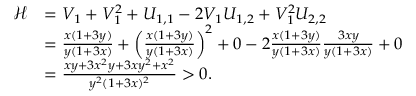
\begin{array} { r l } { \mathscr H } & { = V _ { 1 } + V _ { 1 } ^ { 2 } + U _ { 1 , 1 } - 2 V _ { 1 } U _ { 1 , 2 } + V _ { 1 } ^ { 2 } U _ { 2 , 2 } } \\ & { = \frac { x ( 1 + 3 y ) } { y ( 1 + 3 x ) } + \left( \frac { x ( 1 + 3 y ) } { y ( 1 + 3 x ) } \right) ^ { 2 } + 0 - 2 \frac { x ( 1 + 3 y ) } { y ( 1 + 3 x ) } \frac { 3 x y } { y ( 1 + 3 x ) } + 0 } \\ & { = \frac { x y + 3 x ^ { 2 } y + 3 x y ^ { 2 } + x ^ { 2 } } { y ^ { 2 } ( 1 + 3 x ) ^ { 2 } } > 0 . } \end{array}